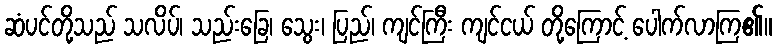
ဆံပင်တို့သည် သလိပ်၊ သည်းခြေ၊ သွေး၊ ပြည်၊ ကျင်ကြီး ကျင်ငယ် တို့ကြောင့် ပေါက်လာကြ၏။